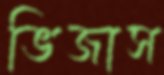
ভিজাস